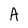
Character: A